65_HS1-834228961_62-HQ-83894_Section_6
Agency: FBI
Page 221
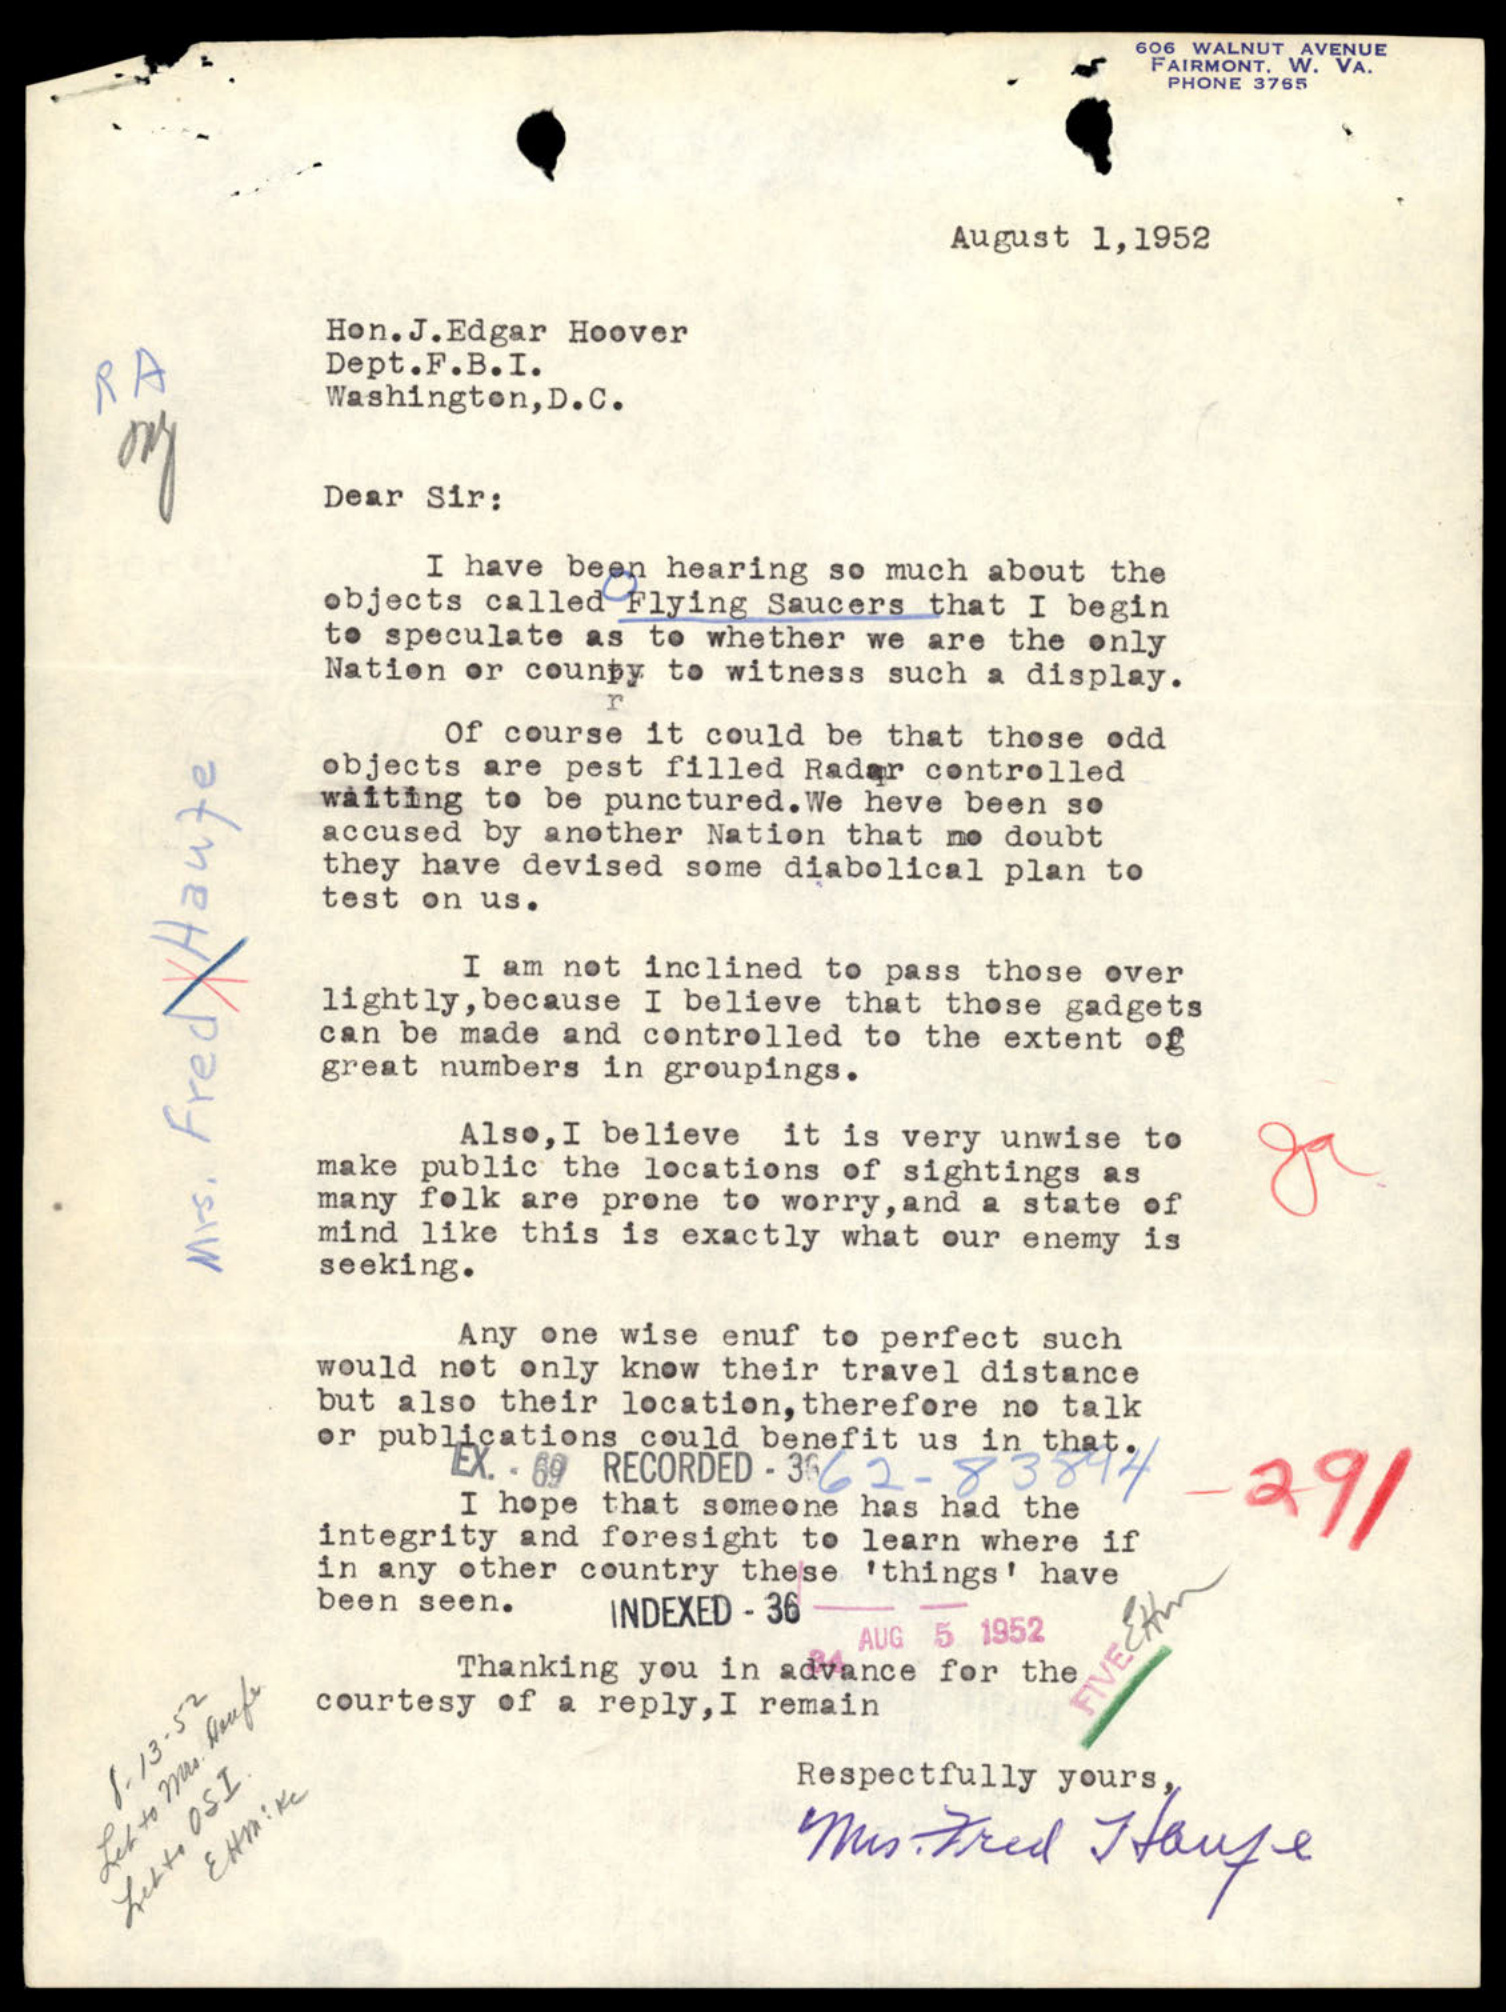